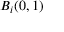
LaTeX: B _ { i } ( 0 , 1 )